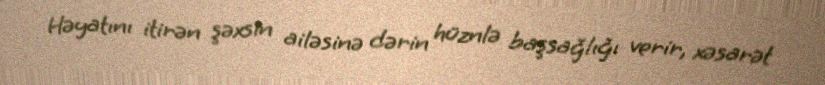
Həyatını itirən şəxsin ailəsinə dərin hüznlə başsağlığı verir, xəsarət